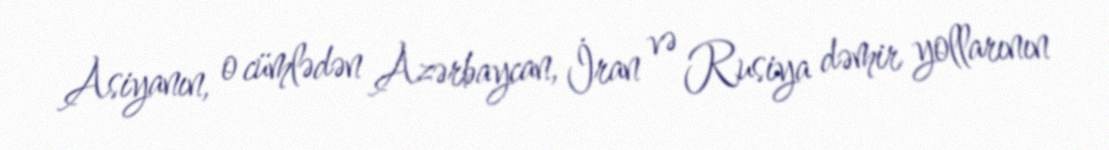
Asiyanın, o cümlədən Azərbaycan, İran və Rusiya dəmir yollarının